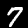
Digit: 7